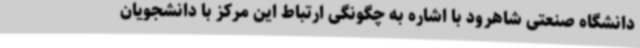
دانشگاه صنعتی شاهرود با اشاره به چگونگی ارتباط این مرکز با دانشجویان